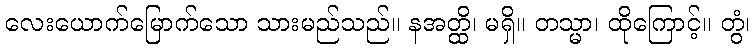
လေးယောက်မြောက်သော သားမည်သည်။ နအတ္ထိ၊ မရှိ။ တသ္မာ၊ ထိုကြောင့်။ တွံ၊